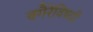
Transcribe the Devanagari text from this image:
वगैरेंविषयी